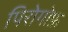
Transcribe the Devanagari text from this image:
पिरोगोफ़